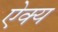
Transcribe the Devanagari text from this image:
ऐक्‍य